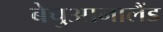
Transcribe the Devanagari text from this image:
बेचुआनालैंड